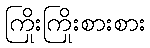
ကြိုးကြိုးစားစား